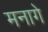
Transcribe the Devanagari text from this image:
मनागे